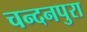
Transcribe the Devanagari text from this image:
चन्दनपुरा